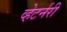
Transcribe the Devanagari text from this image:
व्हेटर्नरी